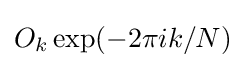
O_{k}\exp(-2\pi ik/N)